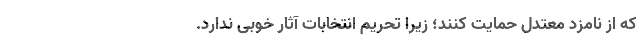
که از نامزد معتدل حمایت کنند؛ زیرا تحریم انتخابات آثار خوبی ندارد.